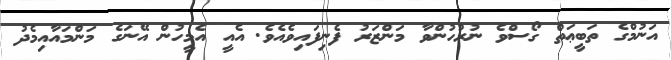
އަނުމްގެ ތަބީޢަތް ގޯސްވެ ނުރުހުންވާ މަންޒަރު ފެނިފައިވެއެވެ. އެއީ އެމީހުން އޭނަގެ މަންމައާއިމެދު